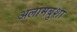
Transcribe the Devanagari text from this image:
अलामबुशा